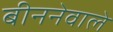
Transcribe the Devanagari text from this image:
बीननेवाले